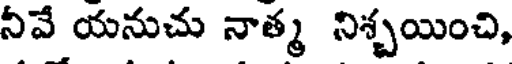
నీవే యనుచు నాత్మ నిశ్చయించి,